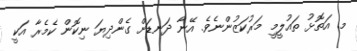
މ. އަތޮޅު ތައުލީމީ މަރުކަޒުންނެވެ. އޭނާ ދަނޑަށް ގެންދިޔަ ނިކޮން ކެމެރާ އަކީ